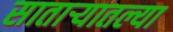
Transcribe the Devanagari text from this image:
सातार्‍यातल्या